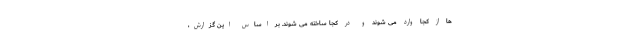
ها از کجا وارد می شوند و در کجا ساخته می شوند. بر اساس این گزارش،